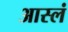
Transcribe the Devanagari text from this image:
आस्लं